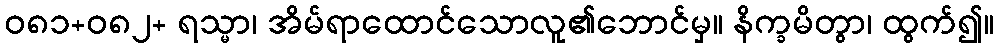
ဝ၈၁+၀၈၂+ ရသ္မာ၊ အိမ်ရာထောင်သောလူ၏ဘောင်မှ။ နိက္ခမိတွာ၊ ထွက်၍။